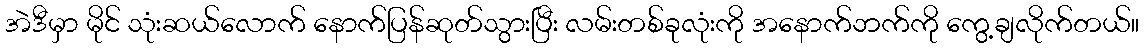
အဲဒီမှာ မိုင် သုံးဆယ်လောက် နောက်ပြန်ဆုတ်သွားပြီး လမ်းတစ်ခုလုံးကို အနောက်ဘက်ကို ကွေ့ချလိုက်တယ်။